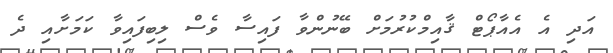
އަދި އެ އެއާޕޯޓް ޤާއިމްކުރުމަށް ބޭނުންވާ ފައިސާ ވެސް ލިބިފައިވާ ކަމަށާއި ދެ